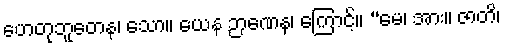
ဟေတုဘူတေန၊ သော။ ယေန ဉာဏေန၊ ကြောင့်။ “မေ၊ အား။ ဇာတိ၊